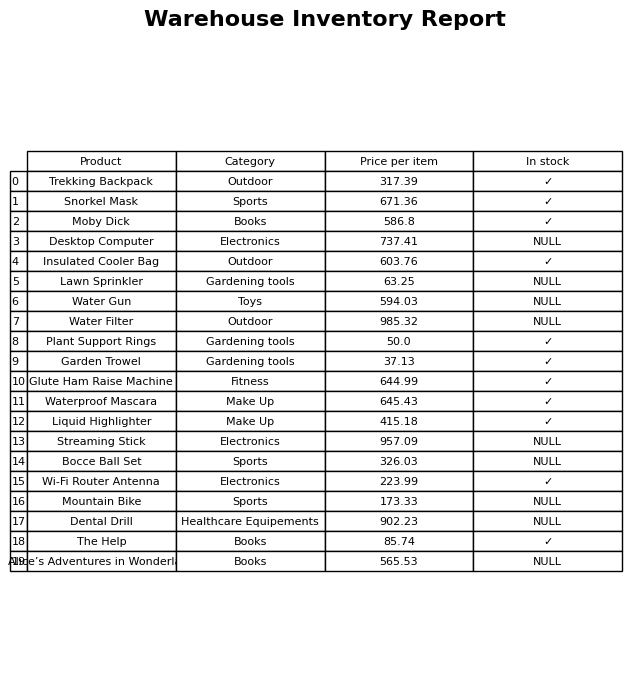
question: Is the Desktop Computer in stock?
answer: NULL